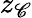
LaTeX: z_{\mathscr{C}}